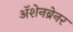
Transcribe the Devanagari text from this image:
ॲशेनब्रेनर